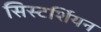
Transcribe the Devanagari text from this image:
सिस्टर्शियन